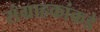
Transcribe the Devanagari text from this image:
संग्राहकांकडे